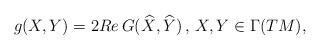
LaTeX: \begin{align*}g(X,Y)=2Re\,G(\widehat{X},\widehat{Y})\,,\,X,Y\in\Gamma(TM),\end{align*}